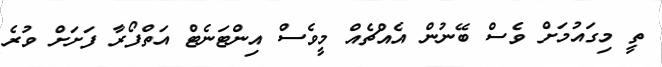
ތީ މިގައުމަށް ވެސް ބޭނުން އެއްޗެއް މީވެސް އިންޓަނެޓް އަތްފޯރާ ފަށަށް ވުރެ